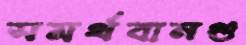
সমর্থবানগু